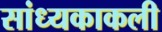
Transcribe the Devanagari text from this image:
सांध्यकाकली